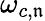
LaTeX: \omega_{c,\mathfrak{n}}